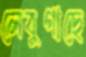
লেবুগাছে